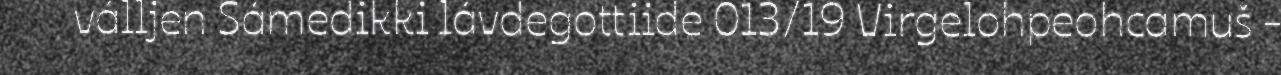
válljen Sámedikki lávdegottiide 013/19 Virgelohpeohcamuš -